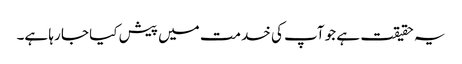
یہ حقیقت ہے جو آپ کی خدمت میں پیش کیا جا رہا ہے۔